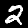
Label: 2